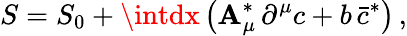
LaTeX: S=S_{0}+\intdx\, \bigl(\mathbf{A}_{\mu}^{\ast}\, \partial^{\mu}c+b\, \bar{{c}}^{\ast}\bigr)\, ,